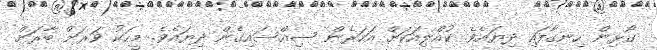
ގޯޅިން ހިނގާފައި ދިޔައެވެ. ކުއްލިއަކަށް އަހަރެން ސިއްސައިގެން ދިޔައެވެ. މީހަކު ވަރަށް ބާރަށް